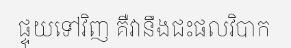
ផ្ទុយទៅវិញ គឺវានឹងជះផលវិបាក